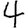
Digit: 4